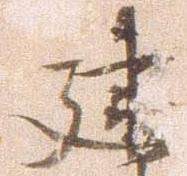
建